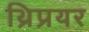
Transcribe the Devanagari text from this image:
थ्रिप्रयर